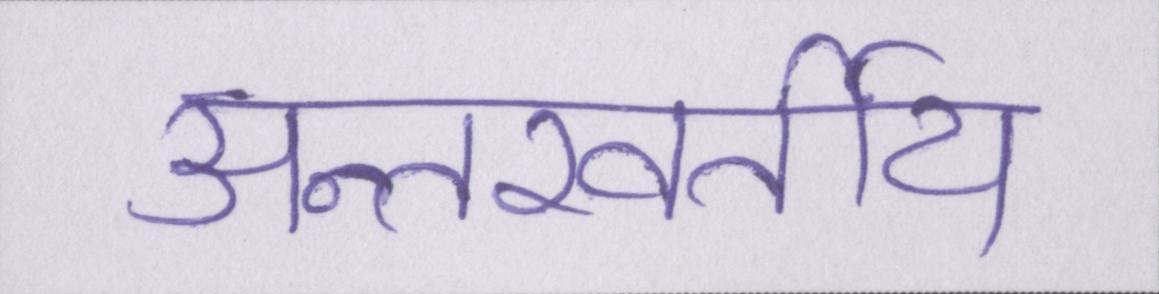
अन्तरवर्तीय